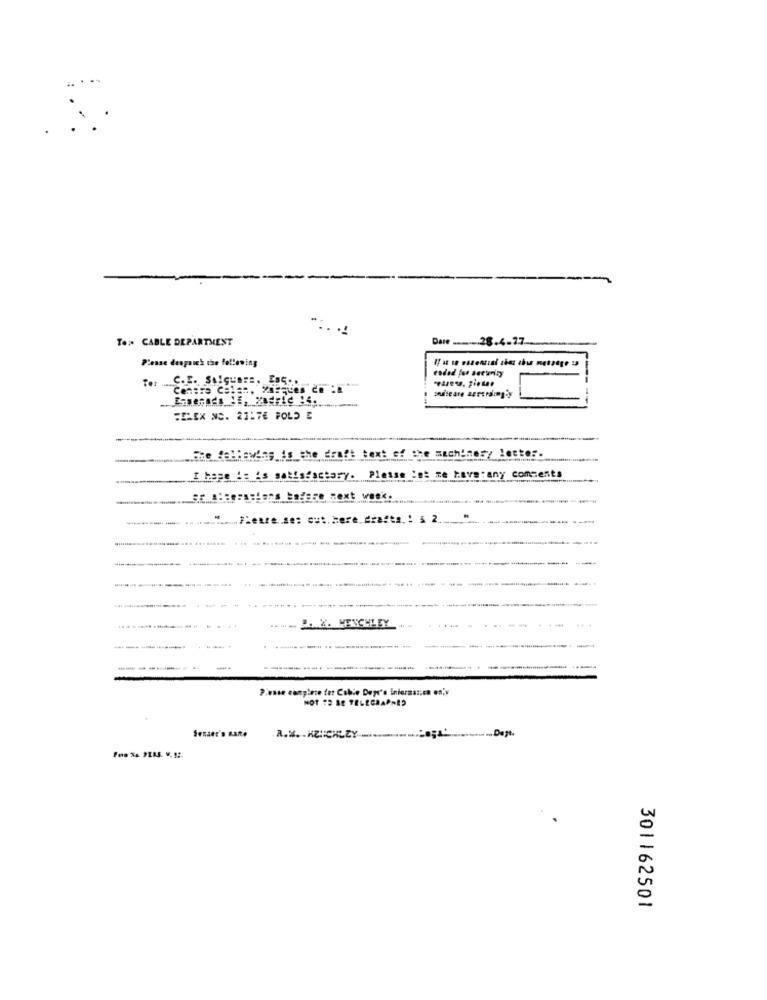
TO :. CABLE DEPARTMENT
Dare ......... 28.4.77.
Please despaich the following
Ter
FELIX NS. 2317E FOLD E
She Believing is the draft text of the machinery letter.
I hope i= is satisfactory. Please is: we have any comments
" ...... Pietre.ses out. here drafts .! & 2.
2. W. MENCHLEY
Pivase conpiece ter Cable Depc's inieraas.ca en'y
NOT 12 BE TELEGRAPHED
Senaer's santo
. ... Dept.
301162501